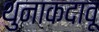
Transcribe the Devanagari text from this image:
थुनाकदावू